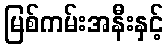
မြစ်ကမ်းအနီးနှင့်